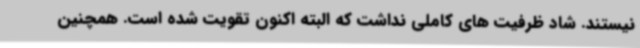
نیستند. شاد ظرفیت های کاملی نداشت که البته اکنون تقویت شده است. همچنین